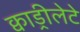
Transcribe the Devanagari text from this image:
क्वाड्रीलेटे